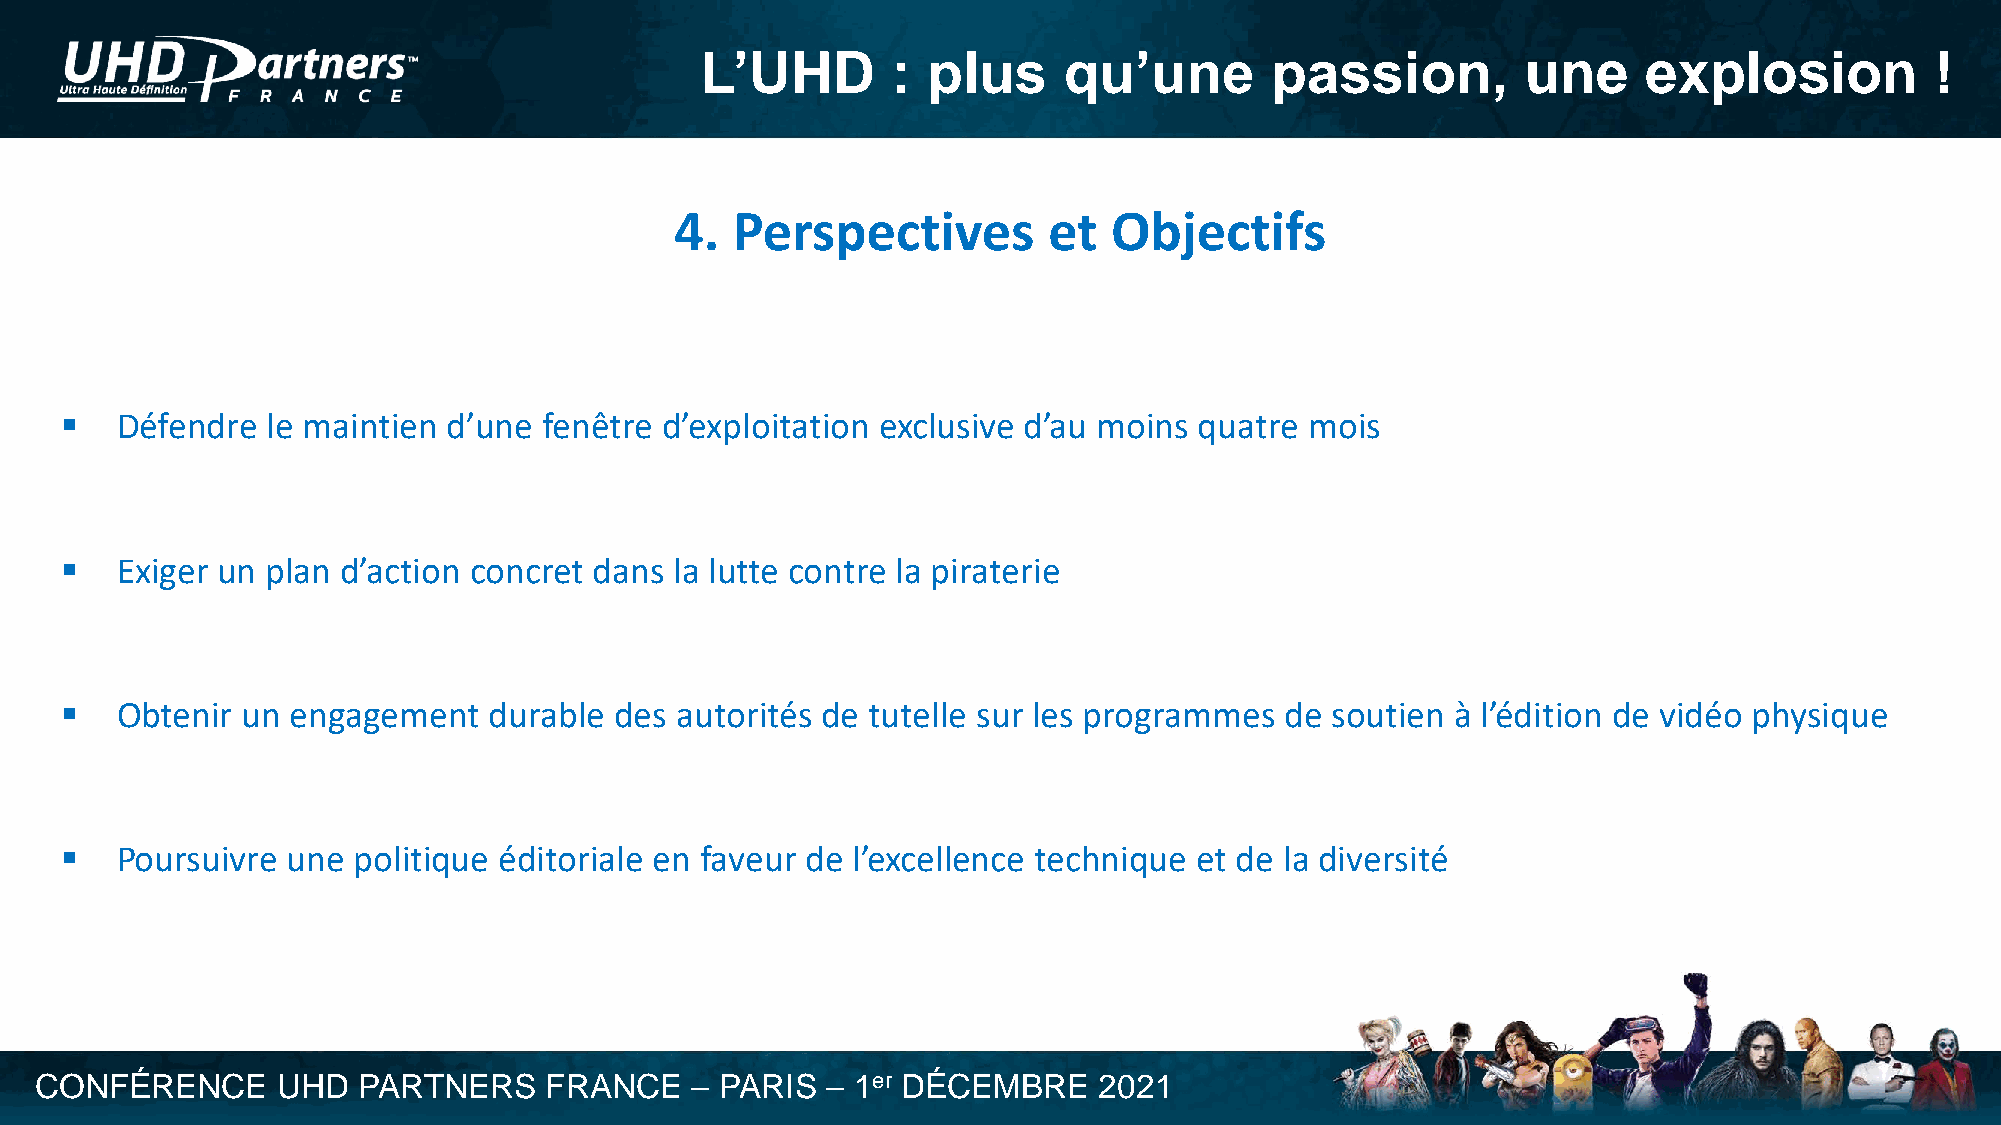
L’UHD        : plus     qu’une        passion,         une     explosion          !
 4. Perspectives         et   Objectifs
 ▪   Défendre  le maintien d’une fenêtre d’exploitation exclusive d’au moins quatre mois
 ▪   Exiger un plan d’action concret dans la lutte contre la piraterie
 ▪   Obtenir un engagement   durable  des autorités de tutelle sur les programmes de soutien à l’édition de vidéo physique
 ▪   Poursuivre une politique éditoriale en faveur de l’excellence technique et de la diversité
 CONFÉRENCE      UHD   PARTNERS    FRANCE    – PARIS  – 1er DÉCEMBRE    2021